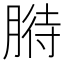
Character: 𦞒